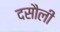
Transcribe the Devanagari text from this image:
दसौली